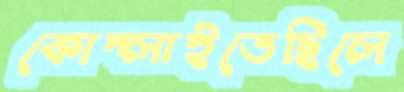
কোদ্‌লাইতেছিলে